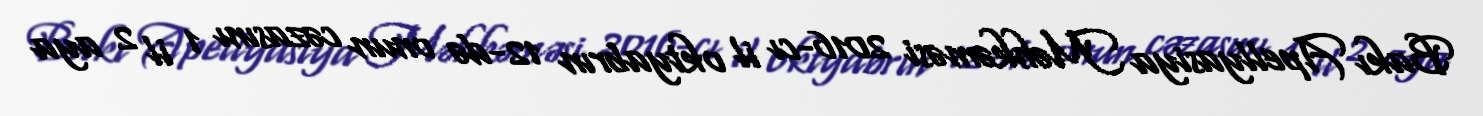
Bakı Apellyasiya Məhkəməsi 2016-cı il oktyabrın 12-də onun cəzasını 1 il 2 aya